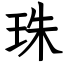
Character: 珠